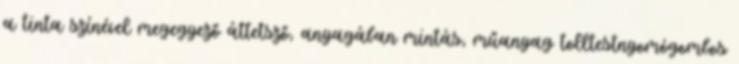
a tinta színével megegyező áttetsző, anyagában mintás, műanyag tolltestnyomógombos